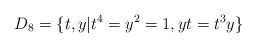
LaTeX: \begin{align*} D_8=\{t,y|t^4=y^2=1,yt=t^3y\} \end{align*}